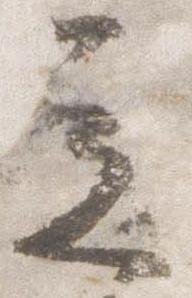
立